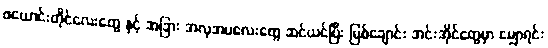
ဖယောင်းတိုင်လေးတွေ နှင့် အခြား အလှအပလေးတွေ ဆင်ယင်ပြီး မြစ်ချောင်း အင်းအိုင်တွေမှာ မျှောရင်း